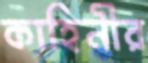
কাহিনীর